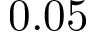
0 . 0 5